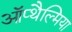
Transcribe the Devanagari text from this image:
ऑप्‍थैल्मिया